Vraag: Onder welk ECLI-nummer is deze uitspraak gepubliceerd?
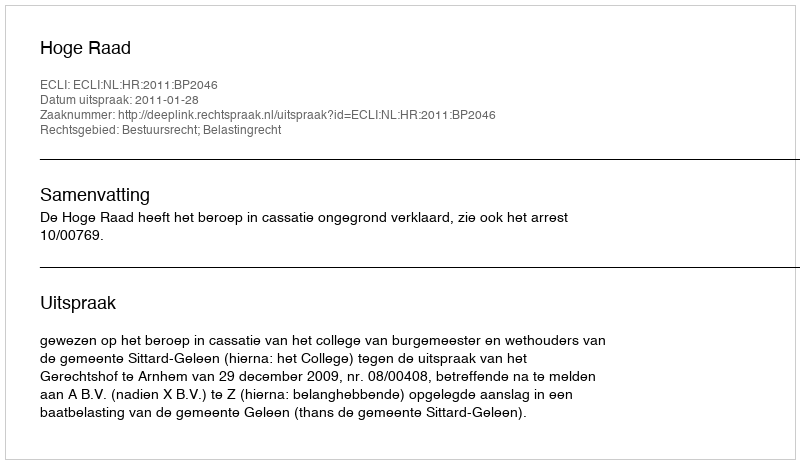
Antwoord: ECLI:NL:HR:2011:BP2046